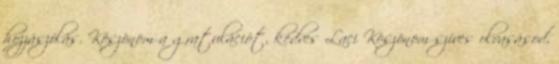
hozzászólás. Köszönöm a gratulációt, kedves Laci Köszönöm szíves olvasásod,